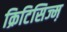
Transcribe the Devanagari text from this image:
क्रिटिसिज्म़